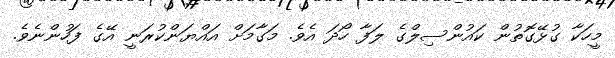
މީހަކާ ގުޅޭގޮތުން ކައުންސިލްގެ ލަފާ ހޯދަ އެވެ. މަގާމަށް އައްޔަންކުރަނީ އޭގެ ފަހުންނެވެ.